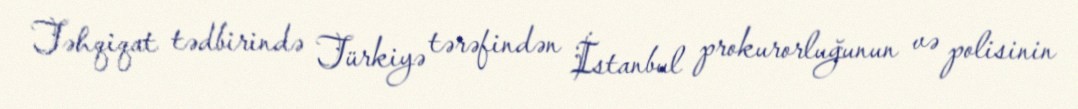
Təhqiqat tədbirində Türkiyə tərəfindən İstanbul prokurorluğunun və polisinin